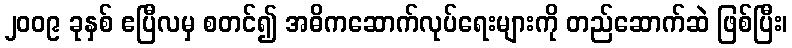
၂၀၀၉ ခုနှစ် ဧပြီလမှ စတင်၍ အဓိကဆောက်လုပ်ရေးများကို တည်ဆောက်ဆဲ ဖြစ်ပြီး၊